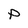
Character: p